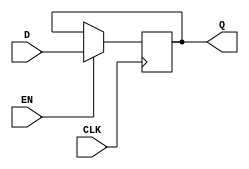
module transparent_latch (
    input D,
    input CLK,
    input EN,
    output Q
);

reg Q;

always @(posedge CLK) begin
    if (EN) begin
        Q <= D;
    end
end

endmodule